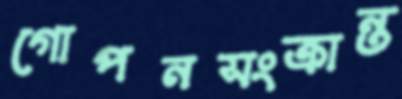
গোপনসংক্রান্ত